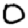
Digit: 0